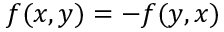
f ( x , y ) = - f ( y , x )